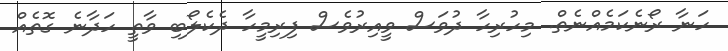
ހަނާ ރޯނެކަމެއްނެތް. މިހުރިހާ ދުވަސް ވީއިރުވެސް ފިރިމީހާ ދެކެލޯބި ވާތީ ހަދާނެ ގޮތެއް